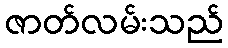
ဇာတ်လမ်းသည်